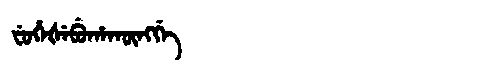
Manchu: ᠸᡠᡥᡝᡧᡝᠪᡠᡥᠠᡴᡡᠩᡤᡝ
Romanization: FUHEŠEBUHAKŪNGGE